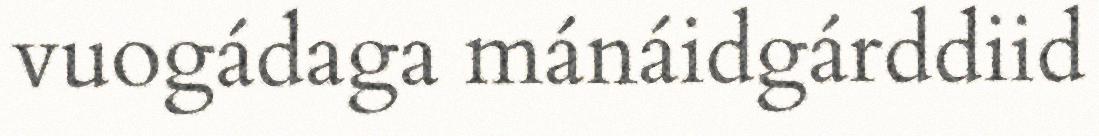
vuogádaga mánáidgárddiid